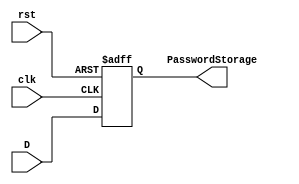
`timescale 1ns / 1ps
//////////////////////////////////////////////////////////////////////////////////
// Company: 
// Engineer: 
// 
// Design Name: 
// Module Name:    DFF_Module 
// Project Name: 
// Target Devices: 
// Tool versions: 
// Description: 
//
// Dependencies: 
//
// Revision: 
// Revision 0.01 - File Created
// Additional Comments: 
//
//////////////////////////////////////////////////////////////////////////////////
module DFF_Module(
    input [3:0] D,
 	 input clk,
 	 input rst,
 	 output reg [3:0] PasswordStorage
 	 );
 	 
 	 //Specifying how the asynchronus DFF will operate.
 	 always @(posedge clk or posedge rst)
 	 if (rst)
 		begin
 			PasswordStorage <= 4'b0;
 		end
 	 else
 		begin
 			PasswordStorage <= D;
 		end
 
 
 endmodule